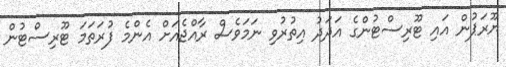
ޔޫރަޕުން އައި ޓޫރިސްޓުންގެ އަދަދު އިތުރުވި ނަމަވެސް ރާއްޖެއަށް އެންމެ ފުރަތަމަ ޓޫރިސްޓުން